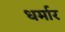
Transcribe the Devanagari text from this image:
धर्मार